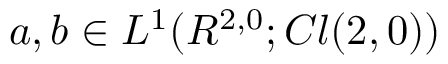
a , b \in L ^ { 1 } ( R ^ { 2 , 0 } ; C l ( 2 , 0 ) )